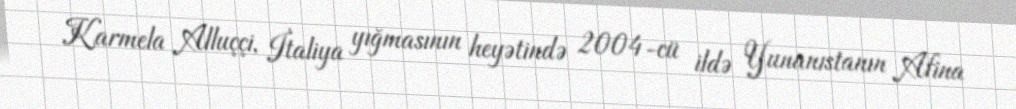
Karmela Alluççi, İtaliya yığmasının heyətində 2004-cü ildə Yunanıstanın Afina